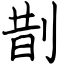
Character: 剒